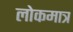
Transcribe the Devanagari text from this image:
लोकमात्र